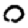
Digit: 0